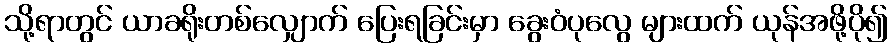
သို့ရာတွင် ယာခရိုးတစ်လျှောက် ပြေးရခြင်းမှာ ခွေးဝံပုလွေ များထက် ယုန်အဖို့ပို၍